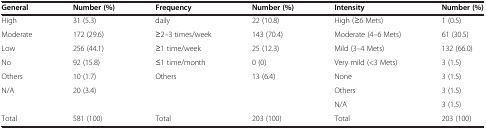
<table><thead><tr><td><b>General</b></td><td><b>Number (%)</b></td><td><b>Frequency</b></td><td><b>Number (%)</b></td><td><b>Intensity</b></td><td><b>Number (%)</b></td></tr></thead><tbody><tr><td>High</td><td>31 (5.3)</td><td>daily</td><td>22 (10.8)</td><td>High (≥6 Mets)</td><td>1 (0.5)</td></tr><tr><td>Moderate</td><td>172 (29.6)</td><td>≥2–3 times/week</td><td>143 (70.4)</td><td>Moderate (4–6 Mets)</td><td>61 (30.5)</td></tr><tr><td>Low</td><td>256 (44.1)</td><td>≥1 time/week</td><td>25 (12.3)</td><td>Mild (3–4 Mets)</td><td>132 (66.0)</td></tr><tr><td>No</td><td>92 (15.8)</td><td>≤1 time/month</td><td>0 (0)</td><td>Very mild (&lt;3 Mets)</td><td>3 (1.5)</td></tr><tr><td>Others</td><td>10 (1.7)</td><td>Others</td><td>13 (6.4)</td><td>None</td><td>3 (1.5)</td></tr><tr><td>N/A</td><td>20 (3.4)</td><td> </td><td> </td><td>Others</td><td>3 (1.5)</td></tr><tr><td> </td><td> </td><td> </td><td> </td><td>N/A</td><td>3 (1.5)</td></tr><tr><td>Total</td><td>581 (100)</td><td>Total</td><td>203 (100)</td><td>Total</td><td>203 (100)</td></tr></tbody></table>